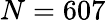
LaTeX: N=607